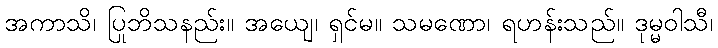
အကာသိ၊ ပြုဘိသနည်း။ အယျေ၊ ရှင်မ။ သမဏော၊ ရဟန်းသည်။ ဒုမ္မဝါသီ၊